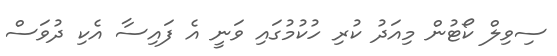
ސިވިލް ކޯޓުން މިއަދު ކުރި ހުކުމުގައި ވަނީ އެ ފައިސާ އެކި ދުވަސް